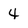
Character: 4